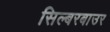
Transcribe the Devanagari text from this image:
सिल्बरबाउर